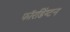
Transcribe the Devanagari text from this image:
फॉरडिंग्टन